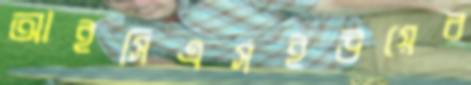
আইসিএসইউয়ের